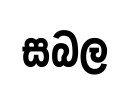
සබල